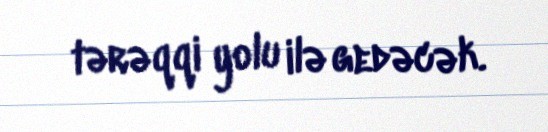
tərəqqi yolu ilə gedəcək.